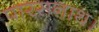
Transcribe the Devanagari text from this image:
पारसनाथ।